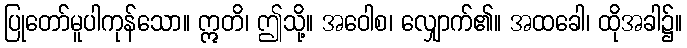
ပြုတော်မူပါကုန်သော။ ဣတိ၊ ဤသို့။ အဝေါစ၊ လျှောက်၏။ အထခေါ၊ ထိုအခါ၌။